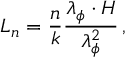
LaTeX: L _ { n } = \frac { n } { k } \frac { \lambda _ { \phi } \cdot H } { \lambda _ { \phi } ^ { 2 } } \, ,